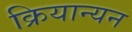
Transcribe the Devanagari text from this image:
क्रियान्यन